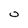
Character: 0